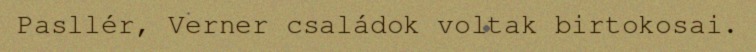
Pasllér, Verner családok voltak birtokosai.